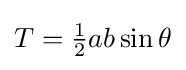
{\textstyle T={\frac {1}{2}}ab\sin \theta }